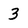
Character: 3